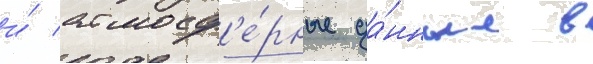
и́ атмосф'е́рные да́нные в